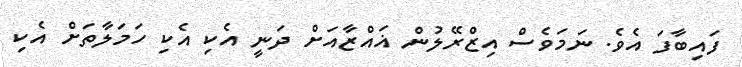
ފައިބާފަ އެވެ. ނަމަވެސް އިޒްރޭލުން ޣައްޒާއަށް ދަނީ އެކި އެކި ހަމަލާތަށް އެކި